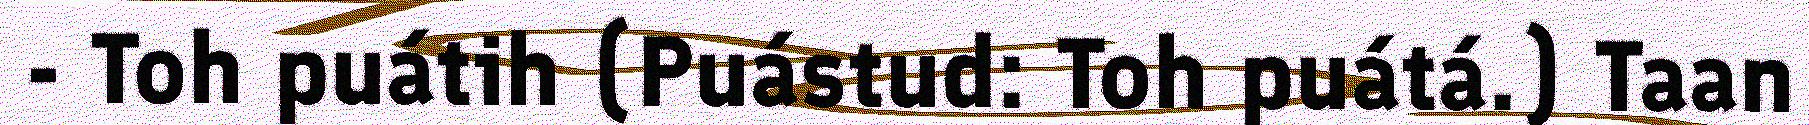
- Toh puátih (Puástud: Toh puátá.) Taan